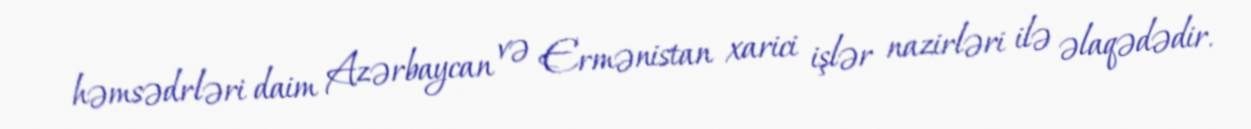
həmsədrləri daim Azərbaycan və Ermənistan xarici işlər nazirləri ilə əlaqədədir.